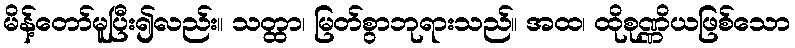
မိန့်တော်မူပြီး၍လည်း။ သတ္ထာ၊ မြတ်စွာဘုရားသည်။ အထ၊ ထိုစုဏ္ဏိယဖြစ်သော